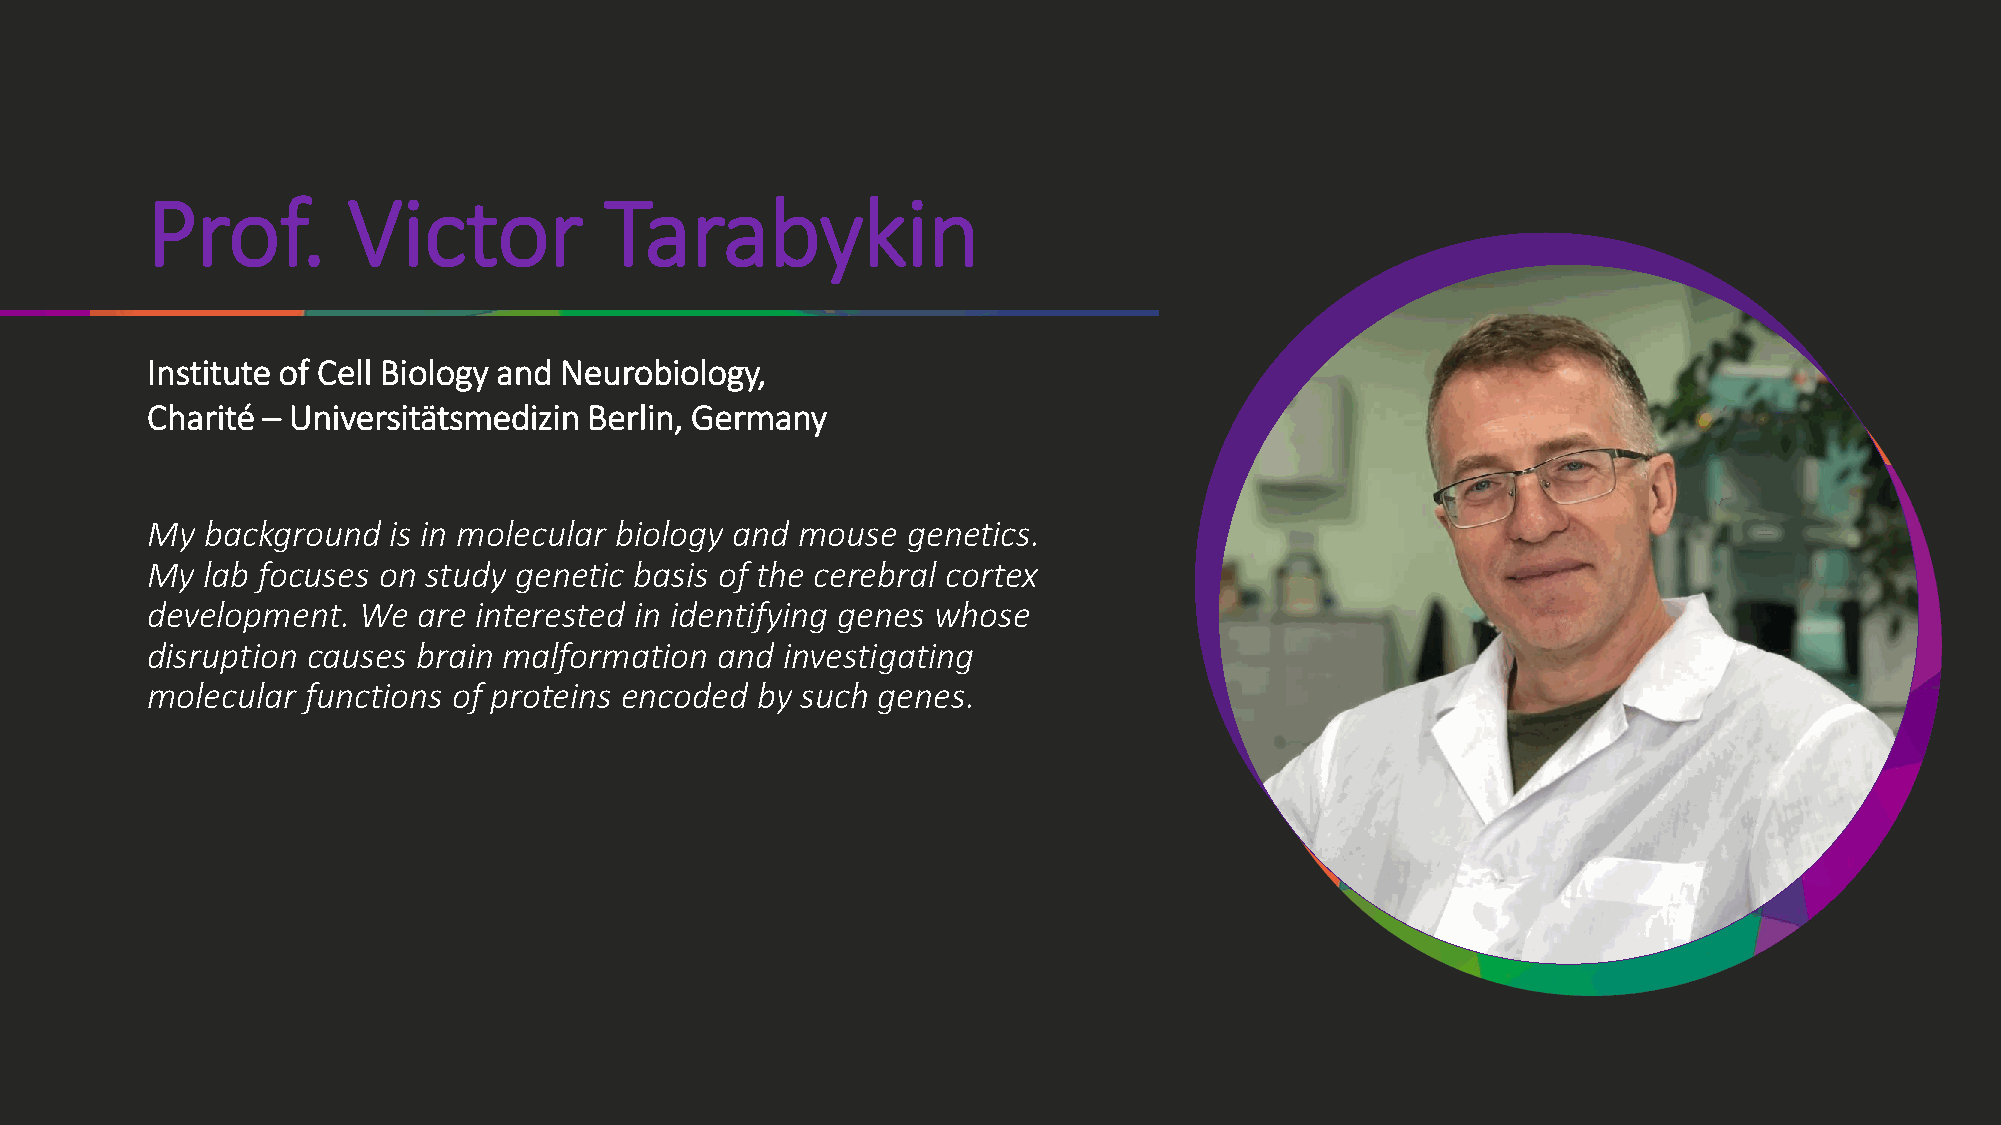
Prof.        Victor           Tarabykin
 Institute of Cell Biology and Neurobiology,
 Charité – Universitätsmedizin Berlin, Germany
 My background   is in molecular biology and mouse genetics.
 My lab focuses on study genetic basis of the cerebral cortex
 development.  We  are interested in identifying genes whose
 disruption causes brain malformation and  investigating
 molecular functions of proteins encoded by such genes.